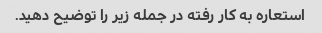
استعاره به کار رفته در جمله زیر را توضیح دهید.